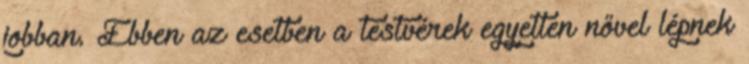
jobban. Ebben az esetben a testvérek egyetlen nővel lépnek